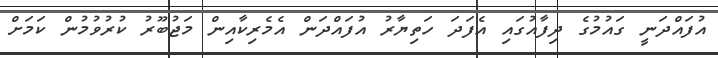
އުފައްދަނީ ގައުމުގެ ދިފާއުގައި އެފަދަ ހަތިޔާރު އުފައްދަން އެމެރިކާއިން މަޖުބޫރު ކުރުވުމުން ކަމަށް